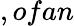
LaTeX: ,ofan